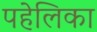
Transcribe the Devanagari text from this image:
पहेलिका